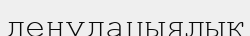
денудацыялық